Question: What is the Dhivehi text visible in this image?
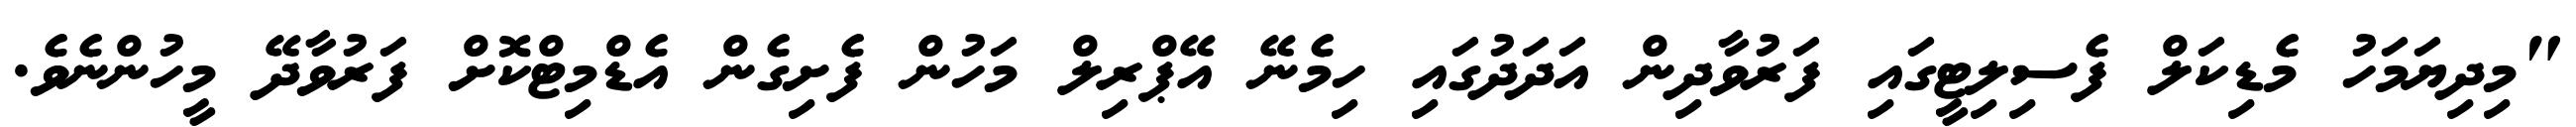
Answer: "މިދިޔަމަހު މެޑިކަލް ފެސިލިޓީގައި ފަރުވާދިން އަދަދުގައި ހިމެނޭ އޭޕްރިލް މަހުން ފެށިގެން އެޑްމިޓްކޮށް ފަރުވާދޭ މީހުންނެވެ.